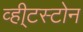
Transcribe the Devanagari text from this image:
व्ही्टस्टोन